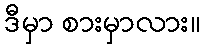
ဒီမှာ စားမှာလား။